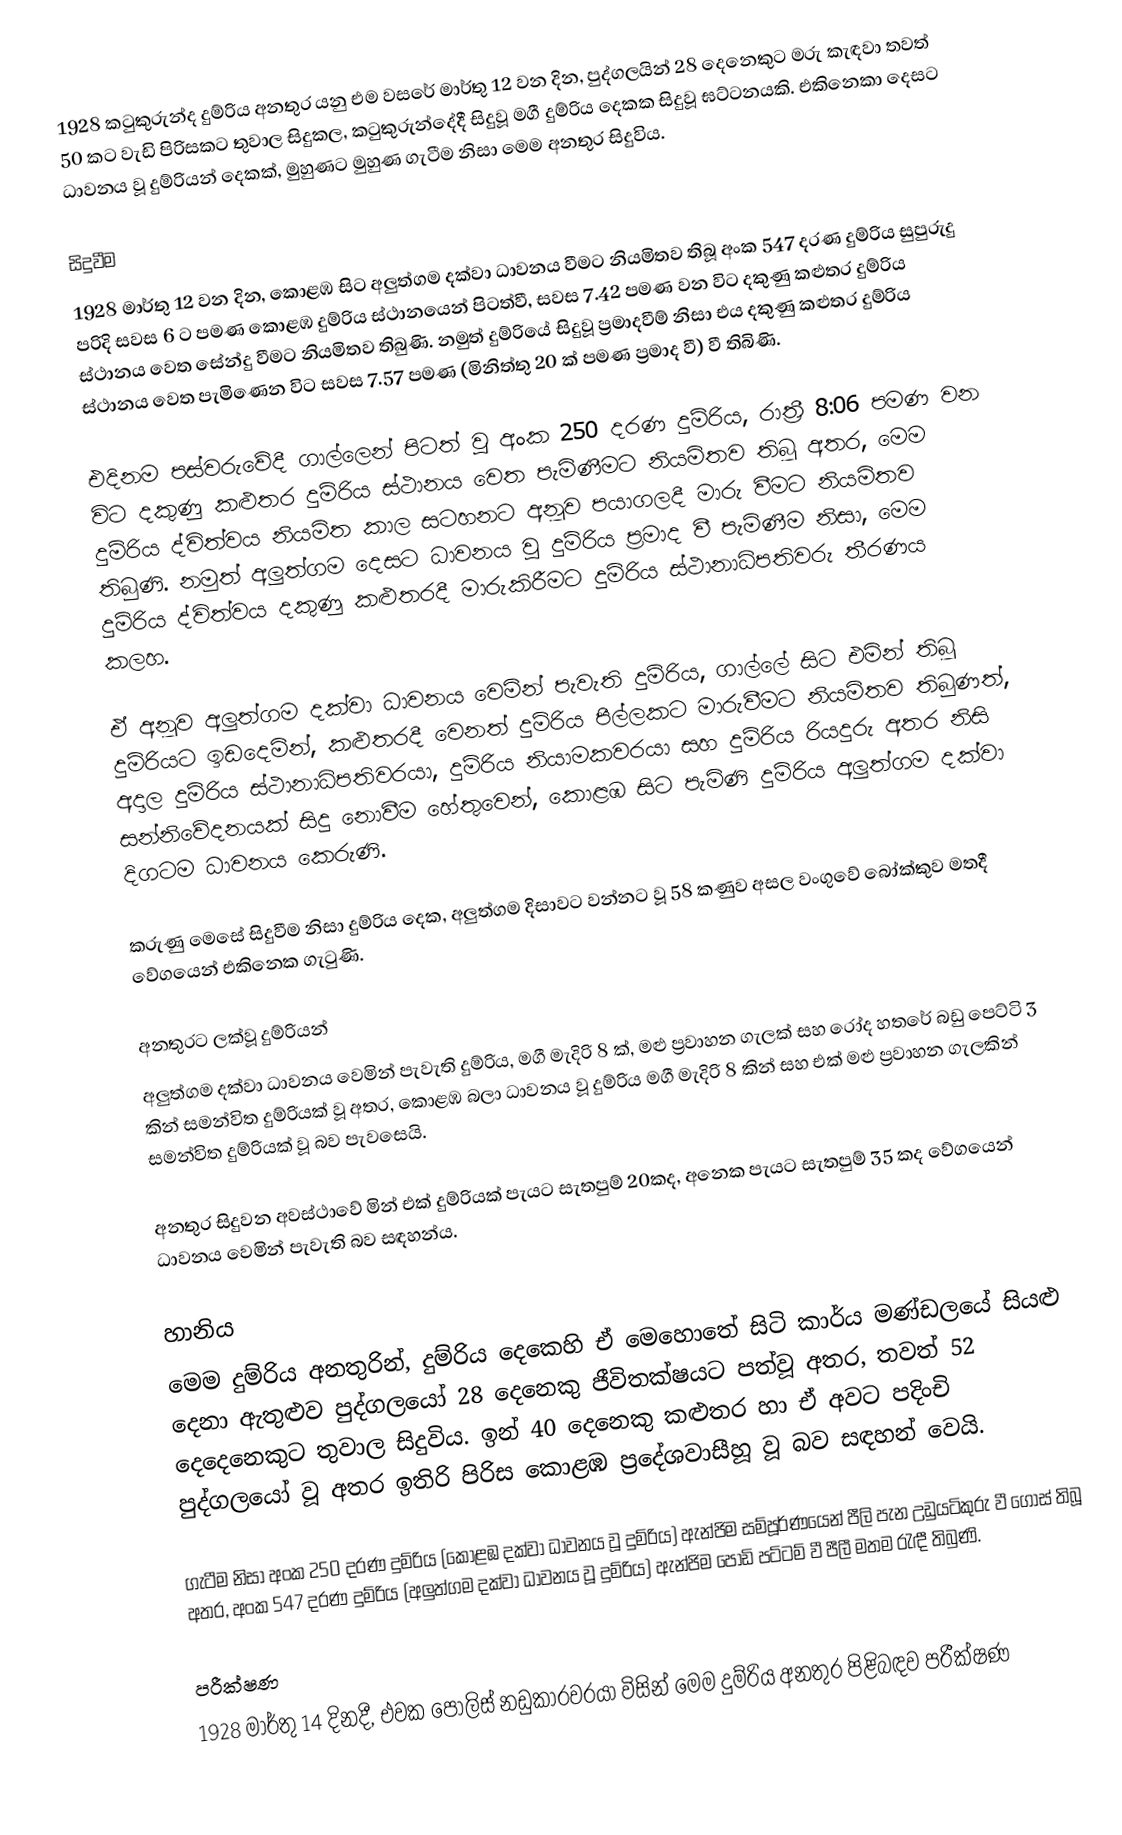
1928 කටුකුරුන්ද දුම්රිය අනතුර යනු එම වසරේ මාර්තු 12 වන දින, පුද්ගලයින් 28 දෙනෙකුට මරු කැඳවා තවත් 50 කට වැඩි පිරිසකට තුවාල සිදුකල, කටුකුරුන්දේදී සිදුවූ මගී දුම්රිය දෙකක සිදුවූ ඝට්ටනයකි. එකිනෙකා දෙසට ධාවනය වූ දුම්රියන් දෙකක්, මුහුණට මුහුණ ගැටීම නිසා මෙම අනතුර සිදුවිය.

සිදුවීම
1928 මාර්තු 12 වන දින, කොළඹ සිට අලුත්ගම දක්වා ධාවනය වීමට නියමිතව තිබූ අංක 547 දරණ දුම්රිය සුපුරුදු පරිදි සවස 6 ට පමණ කොළඹ දුම්රිය ස්ථානයෙන් පිටත්වී, සවස 7.42 පමණ වන විට දකුණු කළුතර දුම්රිය ස්ථානය වෙත සේන්දු වීමට නියමිතව තිබුණි. නමුත් දුම්රියේ සිදුවූ ප්‍රමාදවීම් නිසා එය දකුණු කළුතර දුම්රිය ස්ථානය වෙත පැමිණෙන විට සවස 7.57 පමණ (මිනිත්තු 20 ක් පමණ ප්‍රමාද වී) වී තිබිණි.

එදිනම පස්වරුවේදී ගාල්ලෙන් පිටත් වූ අංක 250 දරණ දුම්රිය, රාත්‍රී 8:06 පමණ වන විට දකුණු කළුතර දුම්රිය ස්ථානය වෙත පැමිණීමට නියමිතව තිබූ අතර, මෙම දුම්රිය ද්විත්වය නියමිත කාල සටහනට අනූව පයාගලදී මාරු වීමට නියමිතව තිබුණි. නමුත් අලුත්ගම දෙසට ධාවනය වූ දුම්රිය ප්‍රමාද වී පැමිණීම නිසා, මෙම දුම්රිය ද්විත්වය දකුණු කළුතරදී මාරුකිරීමට දුම්රිය ස්ථානාධිපතිවරු තීරණය කලහ.

ඒ අනූව අලුත්ගම දක්වා ධාවනය වෙමින් පැවැති දුම්රිය, ගාල්ලේ සිට එමින් තිබූ දුම්රියට ඉඩදෙමින්, කළුතරදී වෙනත් දුම්රිය පීල්ලකට මාරුවීමට නියමිතව තිබුණත්, අදාල දුම්රිය ස්ථානාධිපතිවරයා, දුම්රිය නියාමකවරයා සහ දුම්රිය රියදුරු අතර නිසි සන්නිවේදනයක් සිදු නොවීම හේතුවෙන්, කොළඹ සිට පැමිණි දුම්රිය අලුත්ගම දක්වා දිගටම ධාවනය කෙරුණි.

කරුණු මෙසේ සිදුවීම නිසා දුම්රිය දෙක, අලුත්ගම දිසාවට වන්නට වූ 58 කණුව අසල වංගුවේ බෝක්කුව මතදී වේගයෙන් එකිනෙක ගැටුණි.

අනතුරට ලක්වූ දුම්රියන්
අලුත්ගම දක්වා ධාවනය වෙමින් පැවැති දුම්රිය, මගී මැදිරි 8 ක්, මළු ප්‍රවාහන ගැලක් සහ රෝද හතරේ බඩු පෙට්ටි 3 කින් සමන්විත දුම්රියක් වූ අතර, කොළඹ බලා ධාවනය වූ දුම්රිය මගී මැදිරි 8 කින් සහ එක් මළු ප්‍රවාහන ගැලකින් සමන්විත දුම්රියක් වූ බව පැවසෙයි.

අනතුර සිදුවන අවස්ථාවේ මින් එක් දුම්රියක් පැයට සැතපුම් 20කද, අනෙක පැයට සැතපුම් 35 කද වේගයෙන් ධාවනය වෙමින් පැවැති බව සඳහන්ය.

හානිය
මෙම දුම්රිය අනතුරින්, දුම්රිය දෙකෙහි ඒ මෙහොතේ සිටි කාර්ය මණ්ඩලයේ සියළු දෙනා ඇතුළුව පුද්ගලයෝ 28 දෙනෙකු ජීවිතක්ෂයට පත්වූ අතර, තවත් 52 දෙදෙනෙකුට තුවාල සිදුවිය. ඉන් 40 දෙනෙකු කළුතර හා ඒ අවට පදිංචි පුද්ගලයෝ වූ අතර ඉතිරි පිරිස කොළඹ ප්‍රදේශවාසීහූ වූ බව සඳහන් වෙයි.

ගැටීම නිසා අංක 250 දරණ දුම්රිය (කොළඹ දක්වා ධාවනය වූ දුම්රිය) ඇන්ජිම සම්පූර්ණයෙන් පීලි පැන උඩුයටිකුරු වී ගොස් තිබූ අතර, අංක 547 දරණ දුම්රිය (අලුත්ගම දක්වා ධාවනය වූ දුම්රිය) ඇන්ජිම පොඩි පට්ටම් වී පීලී මතම රැඳී තිබුණි.

පරීක්ෂණ
1928 මාර්තු 14 දිනදී, එවක පොලිස් නඩුකාරවරයා විසින් මෙම දුම්රිය අනතුර පිළිබඳව පරීක්ෂණ